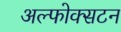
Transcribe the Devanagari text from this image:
अल्फोक्सटन